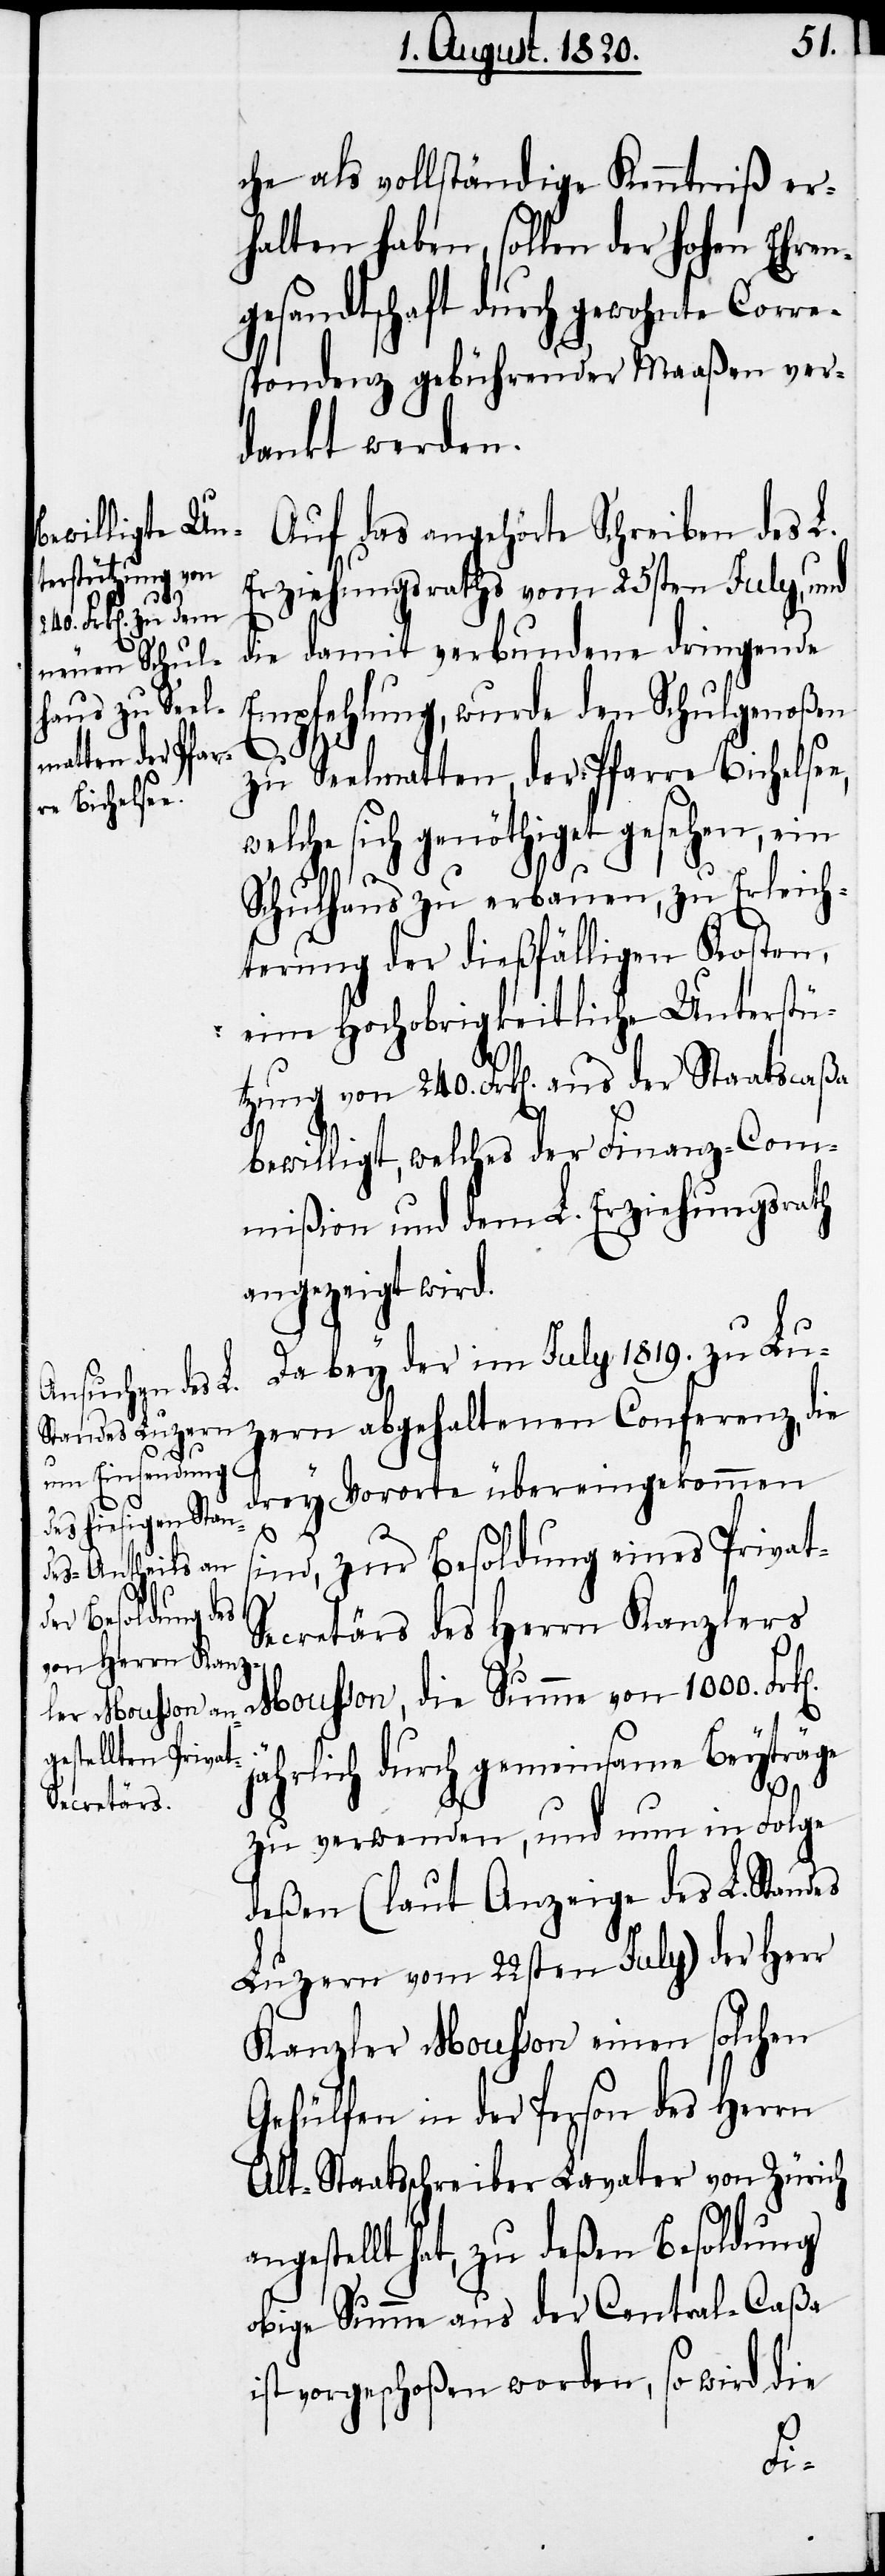
che als vollständige Kenntniß er¬
halten haben, sollen der hohen Ehren¬
gesandtschaft durch gewohnte Corre¬
spondenz gebührender Maaßen ver¬
dankt werden.
Auf das angehörte Schreiben des L.
Erziehungsrathes vom 25sten July, und
die damit verbundene dringende
Empfehlung, wurde den Schulgenoßen
zu Seelmatten, der Pfarre Bichelsen,
welche sich genöthiget gesehen, ein
t-S¬
Schulhaus zu erbauen, zu Erleich¬
terung der dießfälligen Kosten,
eine Hochobrigkeitliche Unterstü¬
tzung von 240. Frk[en]. aus der Staatscaßa
bewilligt, welches der Finanz-Com¬
mißion und dem L. Erziehungsrath
angezeigt wird.
Da bey der im July 1819. zu Lu¬
zern abgehaltenen Conferenz, die
drey Vororte übereingekommen
s¬
ind, zur Besoldung eines Priva¬
ecretärs des Herrn Kanzlers
Mousson, die Summe von 1000.
jährlich durch gemeinsame Beyträge
zu verwenden, und nun in Folge
deßen (laut Anzeige des L. Standes
Luzern vom 22sten July) der Herr
Kanzler Mousson einen solchen
Gehülfen in der Person des Herrn
Alt-Staatsschreiber Lavater von Zürich
angestellt hat, zu deßen Besoldung
obige Summe aus der Central-Caßa
ist vorgeschoßen worden, so wird die